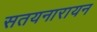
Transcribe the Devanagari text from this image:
सतयनारायन